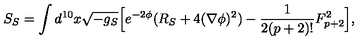
S _ { S } = \int d ^ { 1 0 } x \sqrt { - g _ { S } } \Big [ e ^ { - 2 \phi } ( R _ { S } + 4 ( \nabla \phi ) ^ { 2 } ) - { \frac { 1 } { 2 ( p + 2 ) ! } } F _ { p + 2 } ^ { 2 } \Big ] ,